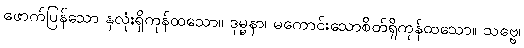
ဖောက်ပြန်သော နှလုံးရှိကုန်ထသော။ ဒုမ္မနာ၊ မကောင်းသောစိတ်ရှိကုန်ထသော။ သဗ္ဗေ၊